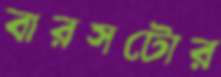
বারসটোর